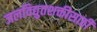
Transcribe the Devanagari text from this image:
जलविद्युतशक्तीसाठी